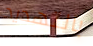
بالتهديد